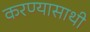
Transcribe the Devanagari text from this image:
करण्यासाथी